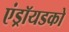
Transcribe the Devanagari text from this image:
एंड्रॉयडको